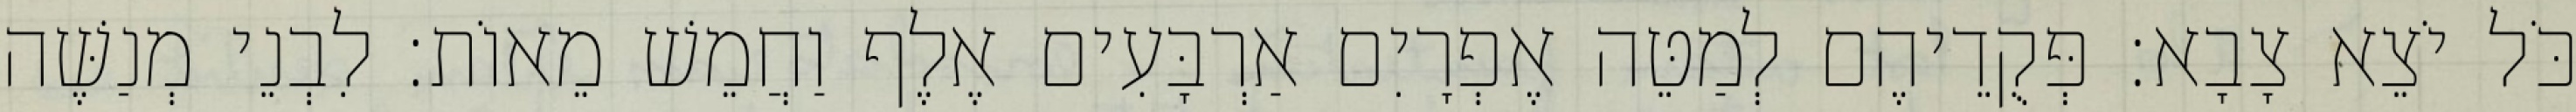
כֹּל יֹצֵא צָבָא׃ פְּקֻדֵיהֶם לְמַטֵּה אֶפְרָיִם אַרְבָּעִים אֶלֶף וַחֲמֵשׁ מֵאוֹת׃ לִבְנֵי מְנַשֶּׁה